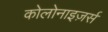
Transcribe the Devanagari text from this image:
कोलोनाइज़र्स